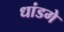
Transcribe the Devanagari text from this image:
धांडगे